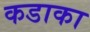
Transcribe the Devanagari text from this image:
कडाका